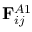
\mathbf { F } _ { i j } ^ { A 1 }